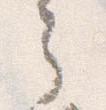
ら